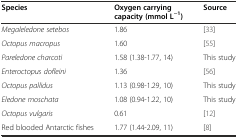
| Species | Oxygen carrying capacity (mmol L−1) | Source |
 | --- | --- | --- |
 | Megaleledone setebos | 1.86 | [33] |
 | Octopus macropus | 1.60 | [55] |
 | Pareledone charcoti | 1.58 (1.38-1.77, 14) | This study |
 | Enteroctopus dofleini | 1.36 | [56] |
 | Octopus pallidus | 1.13 (0.98-1.29, 10) | This study |
 | Eledone moschata | 1.08 (0.94-1.22, 10) | This study |
 | Octopus vulgaris | 0.61 | [12] |
 | Red blooded Antarctic fishes | 1.77 (1.44-2.09, 11) | [8] |